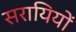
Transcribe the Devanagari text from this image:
सरायियों